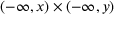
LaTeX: ( - \infty , x ) \times ( - \infty , y )